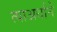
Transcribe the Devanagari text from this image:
त्याअर्थाने